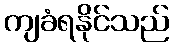
ကျခံရနိုင်သည်